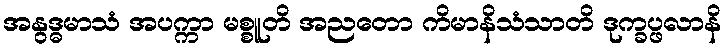
အနွဒ္ဓမာသံ အပက္ကာ မစ္စူတိ အညတော ကိမာနိသံသာတိ ဒုက္ခပ္ဖလာနိ